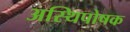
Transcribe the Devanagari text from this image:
अस्थिपोषक